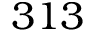
3 1 3